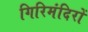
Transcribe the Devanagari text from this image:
गिरिमंदिरों